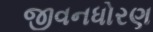
જીવનધોરણ